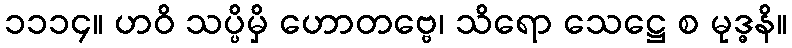
၁၁၁၄။ ဟဝိ သပ္ပိမှိ ဟောတဗ္ဗေ၊ သိရော သေဋ္ဌေ စ မုဒ္ဓနိ။